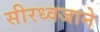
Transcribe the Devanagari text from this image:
सीरध्वजाने